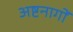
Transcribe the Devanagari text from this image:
अष्टनागों